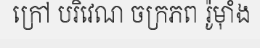
ក្រៅ បរិវេណ ចក្រភព រ៉ូម៉ាំង